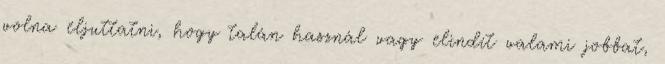
volna eljuttatni, hogy talán használ vagy elindít valami jobbat,